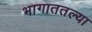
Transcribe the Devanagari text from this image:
भागाततल्या